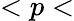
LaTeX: <p<